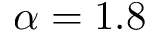
\alpha = 1 . 8